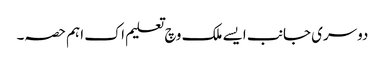
دوسری جانب ایس‏ے ملک وچ تعلیم اک اہ‏م حصہ۔